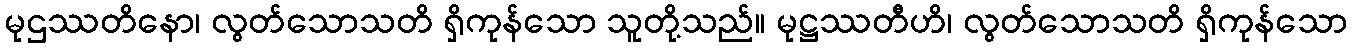
မုဌဿတိနော၊ လွတ်သောသတိ ရှိကုန်သော သူတို့သည်။ မုဋ္ဌဿတီဟိ၊ လွတ်သောသတိ ရှိကုန်သော